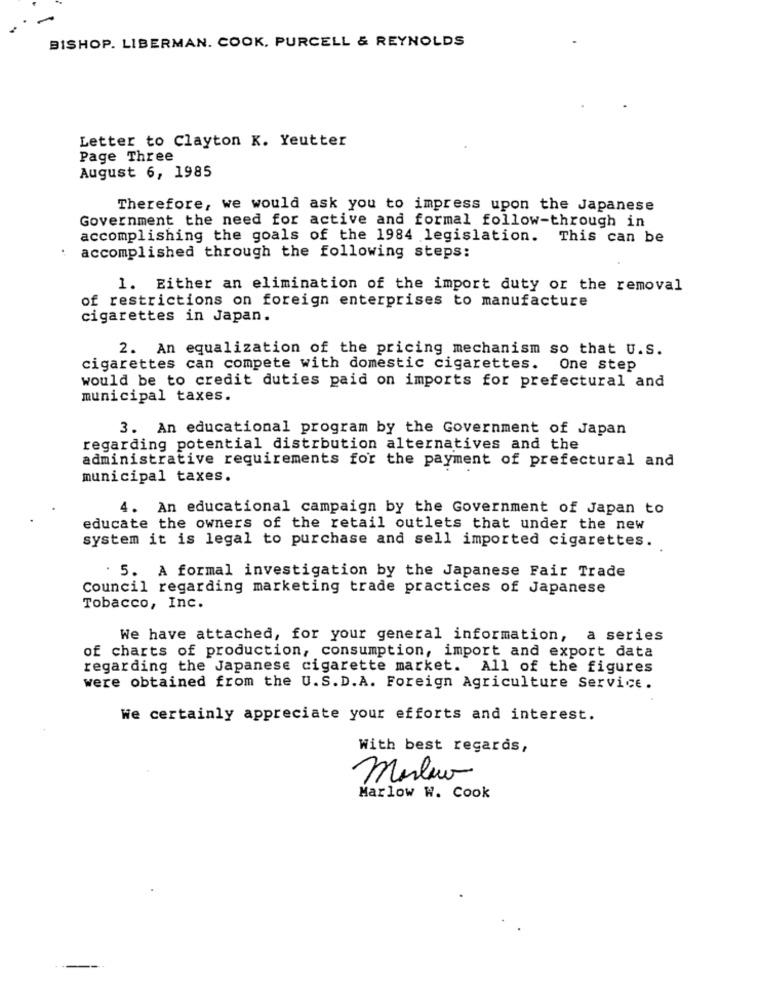
BISHOP. LIBERMAN. COOK, PURCELL & REYNOLDS
Letter to Clayton K. Yeutter
Page Three
August 6, 1985
Therefore, we would ask you to impress upon the Japanese
Government the need for active and formal follow-through in
accomplishing the goals of the 1984 legislation. This can be
:
accomplished through the following steps:
1. Either an elimination of the import duty or the removal
of restrictions on foreign enterprises to manufacture
cigarettes in Japan.
2. An equalization of the pricing mechanism so that U.S.
cigarettes can compete with domestic cigarettes.
One step
would be to credit duties paid on imports for prefectural and
municipal taxes.
3. An educational program by the Government of Japan
regarding potential distrbution alternatives and the
administrative requirements for the payment of prefectural and
municipal taxes.
4. An educational campaign by the Government of Japan to
educate the owners of the retail outlets that under the new
system it is legal to purchase and sell imported cigarettes.
. 5. A formal investigation by the Japanese Fair Trade
Council regarding marketing trade practices of Japanese
Tobacco, Inc.
We have attached, for your general information, a series
of charts of production, consumption, import and export data
regarding the Japanese cigarette market. All of the figures
were obtained from the U.S.D.A. Foreign Agriculture Service.
We certainly appreciate your efforts and interest.
With best regards,
Masluv
Marlow W. Cook